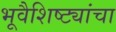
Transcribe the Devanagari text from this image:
भूवैशिष्ट्यांचा